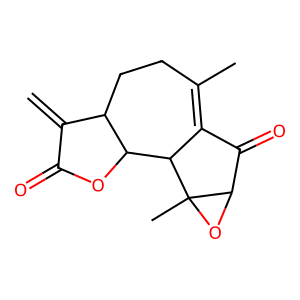
SMILES: C=C1C(=O)OC2C1CCC(C)=C1C(=O)C3OC3(C)C12
Inhibits HIV replication: No